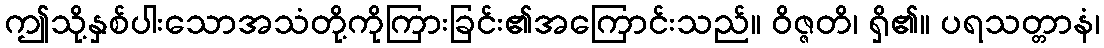
ဤသို့နှစ်ပါးသောအသံတို့ကိုကြားခြင်း၏အကြောင်းသည်။ ဝိဇ္ဇတိ၊ ရှိ၏။ ပရသတ္တာနံ၊